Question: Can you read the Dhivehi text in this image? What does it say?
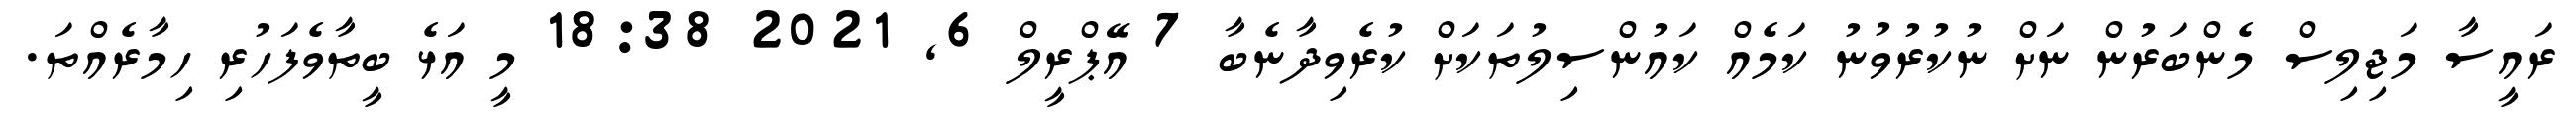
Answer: ރައީސާ މަޖިލިސް މެންބަރުން ނަށް ނުކުރުވުނު ކަމެއް ކައުންސިލުތަކަށް ކުރެވިދާނެބާ 7 އޭޕްރީލް 6, 2021 18:38 މީ އަޅެ ބީތާވެފަހުރި ހިމާރެއްތަ.